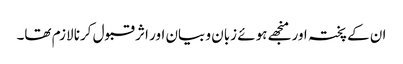
ان کے پختہ اور منجھے ہوئے زبان و بیان اور اثر قبول کرنا لازم تھا۔